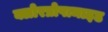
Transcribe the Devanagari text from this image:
क्लोरप्रोपामाइड